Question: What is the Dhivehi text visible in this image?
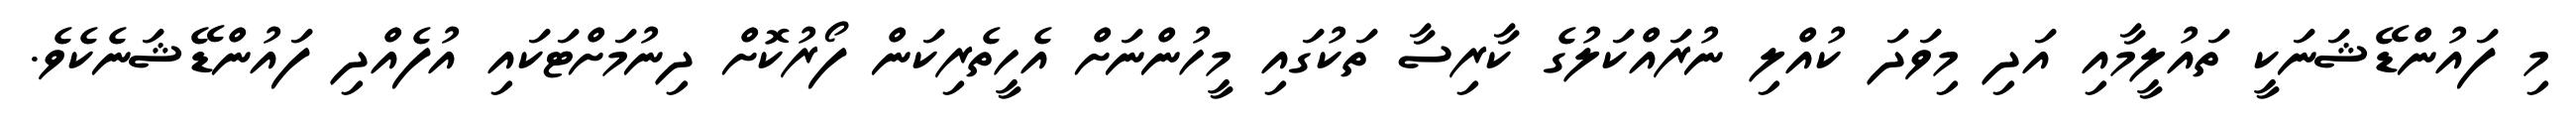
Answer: މި ފައުންޑޭޝަނަކީ ތައުލީމާއި އަދި މިވަދަ ކުއްލި ނުރައްކަލުގެ ކާރިސާ ތަކުގައި މީހުންނަށް އެހީތެރިކަން ފޯރުކޮށް ދިނުމަށްޓަކައި އުފެއްދި ފައުންޑޭޝަނެކެވެ.